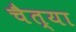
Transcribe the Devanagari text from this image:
चैत्या